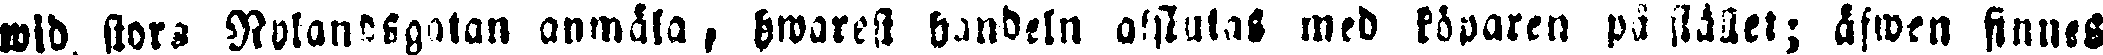
wid stora Nylandsgatan anmäla, hwarest handeln afslutas med köparen på stället; äfwen finnes